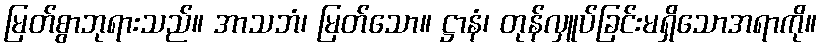
မြတ်စွာဘုရားသည်။ အာသဘံ၊ မြတ်သော။ ဋ္ဌာနံ၊ တုန်လှူပ်ခြင်းမရှိသောအရာကို။